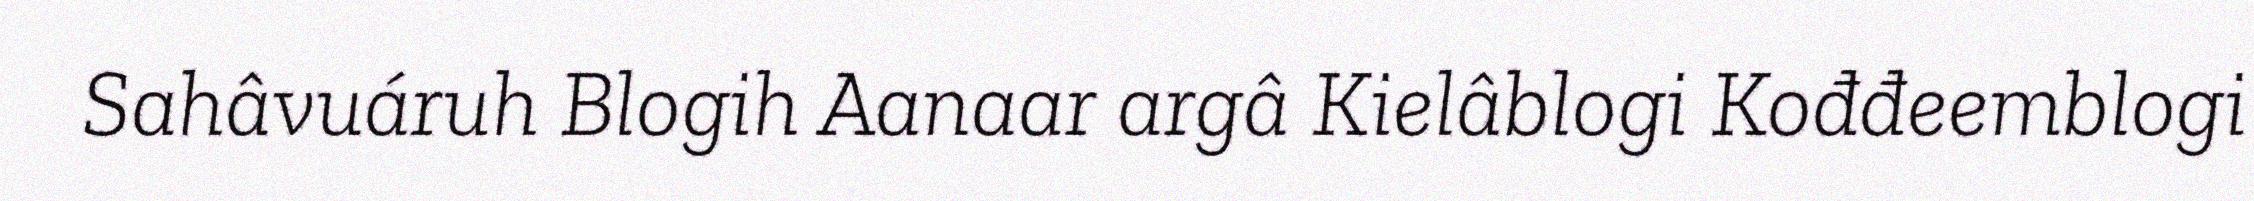
Sahâvuáruh Blogih Aanaar argâ Kielâblogi Kođđeemblogi